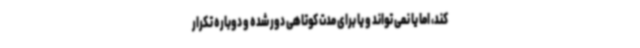
کند، اما یا نمی تواند و یا برای مدت کوتاهی دور شده و دوباره تکرار